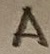
Text: A